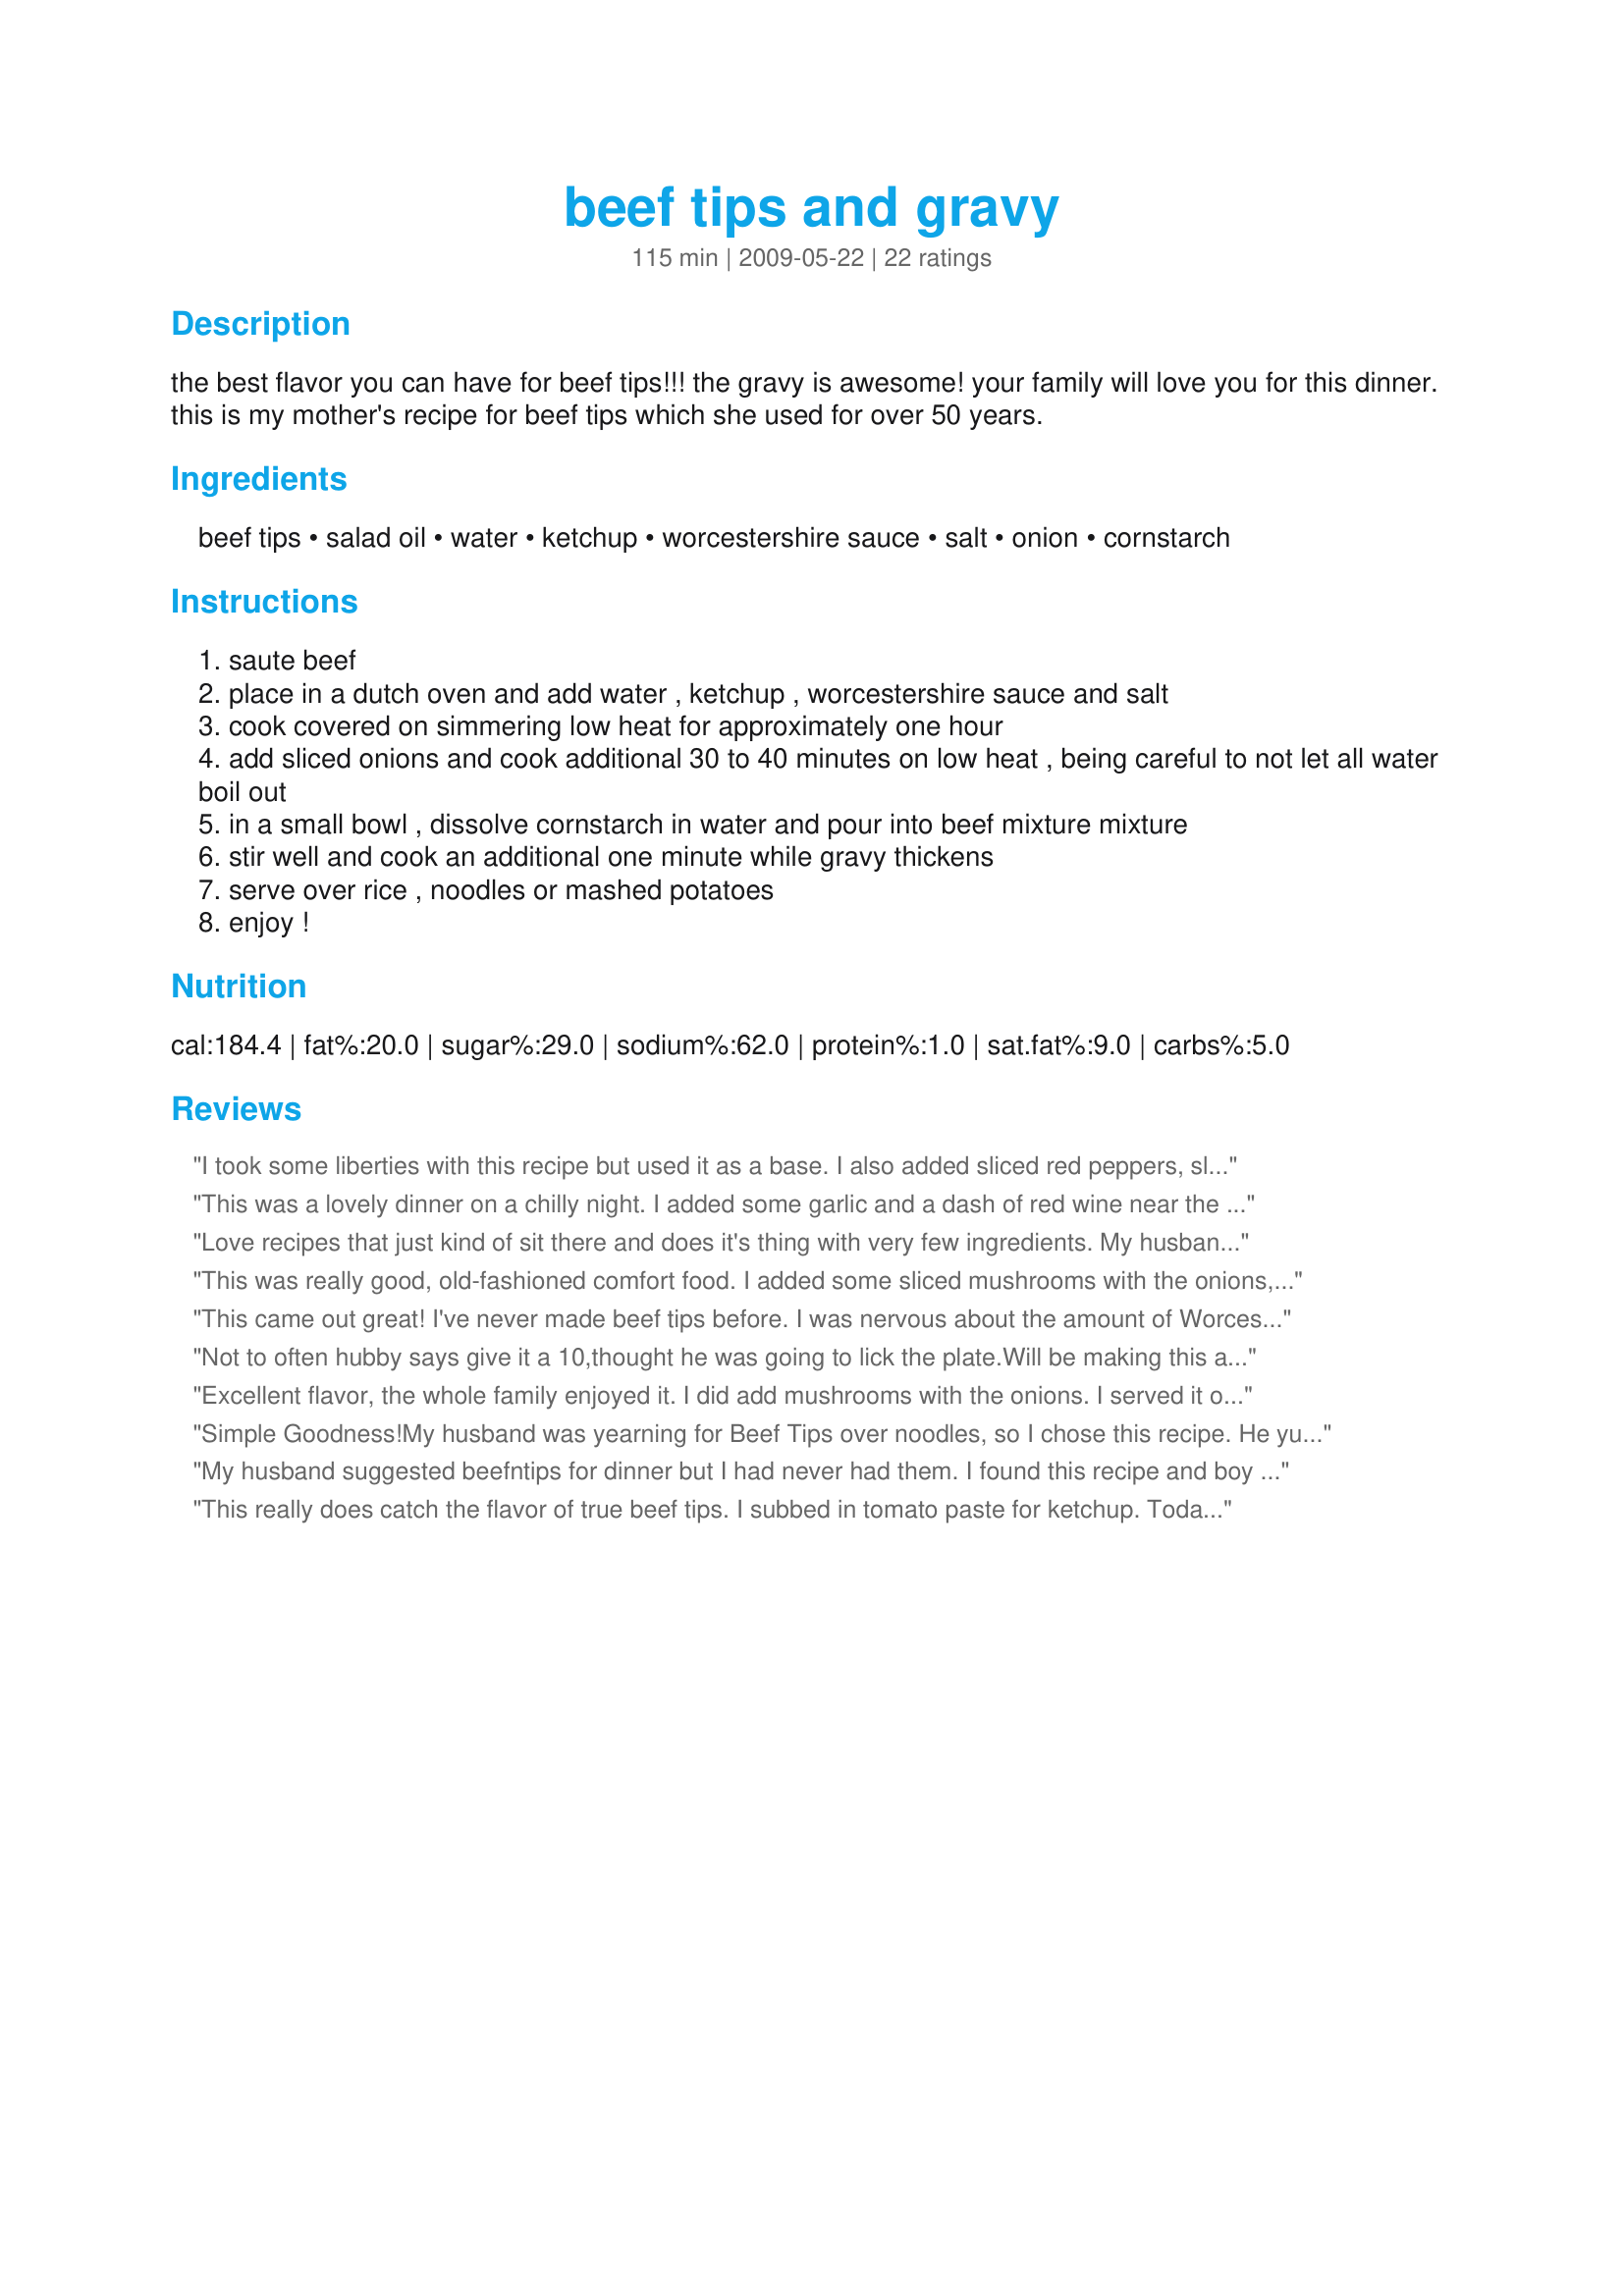
beef tips and gravy
Preparation time: 115 minutes

the best flavor you can have for beef tips!!! the gravy is awesome! your family will love you for this dinner. this is my mother's recipe for beef tips which she used for over 50 years.

Ingredients:
beef tips, salad oil, water, ketchup, worcestershire sauce, salt, onion, cornstarch

Steps:
saute beef
place in a dutch oven and add water , ketchup , worcestershire sauce and salt
cook covered on simmering low heat for approximately one hour
add sliced onions and cook additional 30 to 40 minutes on low heat , being careful to not let all water boil out
in a small bowl , dissolve cornstarch in water and pour into beef mixture mixture
stir well and cook an additional one minute while gravy thickens
serve over rice , noodles or mashed potatoes
enjoy !

Reviews:
I took some liberties with this recipe but used it as a base. I also added sliced red peppers, sliced fresh mushrooms and a clove of garlic. I added a packet of brown gravy instead of corn starch, and a dash of bouquet garni. I thought it was very good! Served over rice.
This was a lovely dinner on a chilly night. I added some garlic and a dash of red wine near the end of the cooking time. Thx for sharing your Mom's recipe.
Love recipes that just kind of sit there and does it's thing with very few ingredients. My husband loved the gravy. Served over gnocchi. :)
This was really good, old-fashioned comfort food. I added some sliced mushrooms with the onions, and served this over mashed poatoes. The meat turned out very tender.
This came out great! I've never made beef tips before. I was nervous about the amount of Worcestershire sauce because it smelled strong at first. I intended to add garlic but I forgot. I did add a few shakes of Italian seasoning. My family enjoyed the flavor of this. I served it with egg noodles. Easy, good recipe!
Not to often hubby says give it a 10,thought he was going to lick the plate.Will be making this again and again.
Excellent flavor, the whole family enjoyed it. I did add mushrooms with the onions. I served it over egg noodles and my only complaint is that the sauce was not thick enough for our liking. I think it would be a great consistency over mashed potatoes, but it just didn't stick to the noodles. I will double the cornstarch next time - but there will definitely be a next time!
Simple Goodness!<br/>My husband was yearning for Beef Tips over noodles, so I chose this recipe. He yummied through the entire meal, as did I. It was very tasty and the meat so tender. Simple ingredients, easy preparation, and the final product satisfied our hunger for great, home-cooked comfort food. <br/>As a leftover, we combined the noodles and beef tips for a casserole dinner with salad the following night. It's a truly EASY recipe with a comforting yummy taste. Next time, I'll try it in the crock pot for an all day slow cooked method.
My husband suggested beefntips for dinner but I had never had them. I found this recipe and boy was it easy and delicious! I also reduced the water to 2 cups and substituted beef bullion for thr salt. So good and easy. A keeper!
This really does catch the flavor of true beef tips. I subbed in tomato paste for ketchup. Today&#039;s ketchup has NO tomato taste, just a glossy, sweet jam IMHO. After browning the tips in flour I baked in Dutch Oven for 1/ 1/2 hrs at 300 degrees, covered. Added the onion and baked for an additional 1 hour. Last 1/2 hour I added the mushrooms and cornstarch slurry. I used water as the recipe called for and next time I will give beef broth a try
Wow, these were great! We'll be having them again.
I did not like this as stated, all I tasted was the ketchup in the gravy. Also I suspected I would not need 3 cups water so I only used 2 and that was perfect. Next time I am going to try using beef stock in place of all the water and a little tomato paste in place of the ketchup.
Classic comfort food! <br/>I adapted the recipe for the crockpot by reducing the water to 1 1/2 cups and cooking on low approx 6 hrs. I added 1 clove of minced garlic and used 2 T cornstarch/ 3T water to make the gravy the last 30 minutes then added 1/2 t Kitchen Bouquet for color. Served over rice with a green salad & peas. Thank you for sharing the recipe!
Deeeelicious! I used a can of beef consume and filled the can with water for the liquid (20 oz total), a few tablespoons of tomato paste from a tube instead of ketchup. It was scrumptious. Many thanks for the other tweaks. It's a keeper!
Very yummy, I loved it! Thanks for sharing!
Aussie Swap 29: Emily - awesome recipe!! I love the taste and ease of making this!!
Thank you, this was wonderful! I have never cooked beef tips before but my boyfriend has been craving them. I didn't want to use a lot of processed canned soup stuff though and I stumbled on your recipe. I wasn't sure, it was too easy to be good, but it was just perfect. I did add some mushrooms because i love mushrooms but otherwise followed, thanks for posting!
Husband and I loved it. Made as written. Thanks for a great recipe!
The meat kind of fell apart after about 8 hours but the taste was delicious!
It was just what my belly needed :))) Delicious!!!!!!!
Great dish! I&#039;m a New Orleans cook so I made a few changes. Lightly floured and browned beef tips, removed from pan. Sauteed onions, bell peppers and mushrooms ( all cut in large pieces); returned tips to pot, added 2 C water with kitchen bouquet, Worcestershire sauce, Tony&#039;s and garlic powder. &lt;br/&gt;This removed need for corn starch ( flour that drops off thickens). If white flour is a problem use whole wheat.&lt;br/&gt;Served over egg noodles with cream corn...
I'm not a big fan of tips but I went back for seconds on this one and that says a lot! Made a slight change in the gravy in that I used 2 T of cornstarch to 3 T of water for a thicker gravy. Sure to be repeated as the pot was bone dry when we got thru out meal. Made for The Aussie/NZ RS#34.
